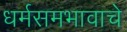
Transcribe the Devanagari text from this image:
धर्मसमभावाचे